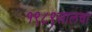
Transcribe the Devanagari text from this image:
१९८९सालचा